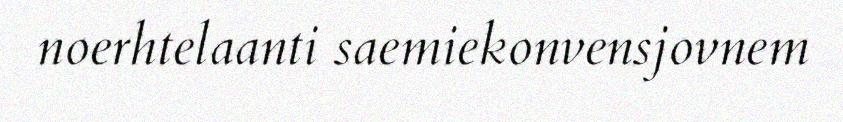
noerhtelaanti saemiekonvensjovnem